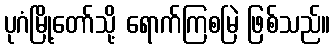
ပုဂံမြို့တော်သို့ ရောက်ကြစမြဲ ဖြစ်သည်။